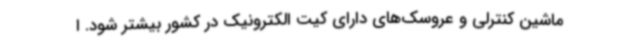
ماشین کنترلی و عروسک‌های دارای کیت الکترونیک در کشور بیشتر شود. ا